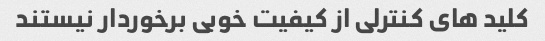
کلید های کنترلی از کیفیت خوبی برخوردار نیستند